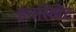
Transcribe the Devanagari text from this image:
इनसिडेंट